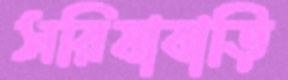
সরিষাবাড়ি